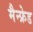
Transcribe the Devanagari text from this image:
मैन्फ्रेड